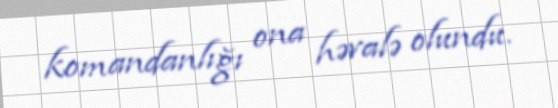
komandanlığı ona həvalə olundu.